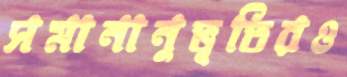
সমানানুভূতিরও